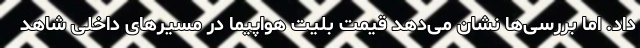
داد. اما بررسی‌ها نشان می‌دهد قیمت بلیت هواپیما در مسیرهای داخلی شاهد